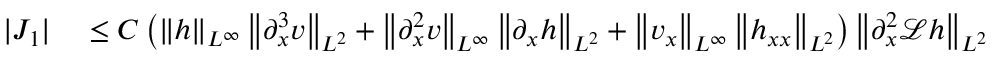
\begin{array} { r l } { | J _ { 1 } | } & { { } \leq C \left( \left\| h \right\| _ { L ^ { \infty } } \left\| \partial _ { x } ^ { 3 } v \right\| _ { L ^ { 2 } } + \left\| \partial _ { x } ^ { 2 } v \right\| _ { L ^ { \infty } } \left\| \partial _ { x } h \right\| _ { L ^ { 2 } } + \left\| v _ { x } \right\| _ { L ^ { \infty } } \left\| h _ { x x } \right\| _ { L ^ { 2 } } \right) \left\| \partial _ { x } ^ { 2 } \mathscr { L } h \right\| _ { L ^ { 2 } } } \end{array}